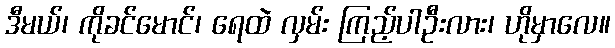
ဒီမယ်၊ ကိုခင်မောင်၊ ရေထဲ လှမ်း ကြည့်ပါဦးလား၊ ဟိုမှာလေ။